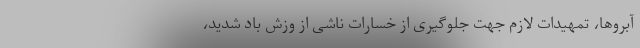
آبروها، تمهیدات لازم جهت جلوگیری از خسارات ناشی از وزش باد شدید،